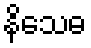
နိသေဓ